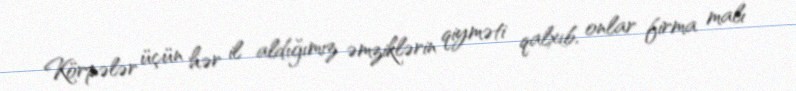
Körpələr üçün hər il aldığımız əmziklərin qiyməti qalxıb, onlar firma malı